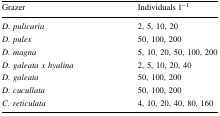
<table><thead><tr><td><b>Grazer</b></td><td><b>Individuals l<sup>−1</sup></b></td></tr></thead><tbody><tr><td><i>D. pulicaria</i></td><td>2, 5, 10, 20</td></tr><tr><td><i>D. pulex</i></td><td>50, 100, 200</td></tr><tr><td><i>D. magna</i></td><td>5, 10, 20, 50, 100, 200</td></tr><tr><td><i>D. galeata x hyalina</i></td><td>2, 5, 10, 20, 40</td></tr><tr><td><i>D. galeata</i></td><td>50, 100, 200</td></tr><tr><td><i>D. cucullata</i></td><td>50, 100, 200</td></tr><tr><td><i>C. reticulata</i></td><td>4, 10, 20, 40, 80, 160</td></tr></tbody></table>